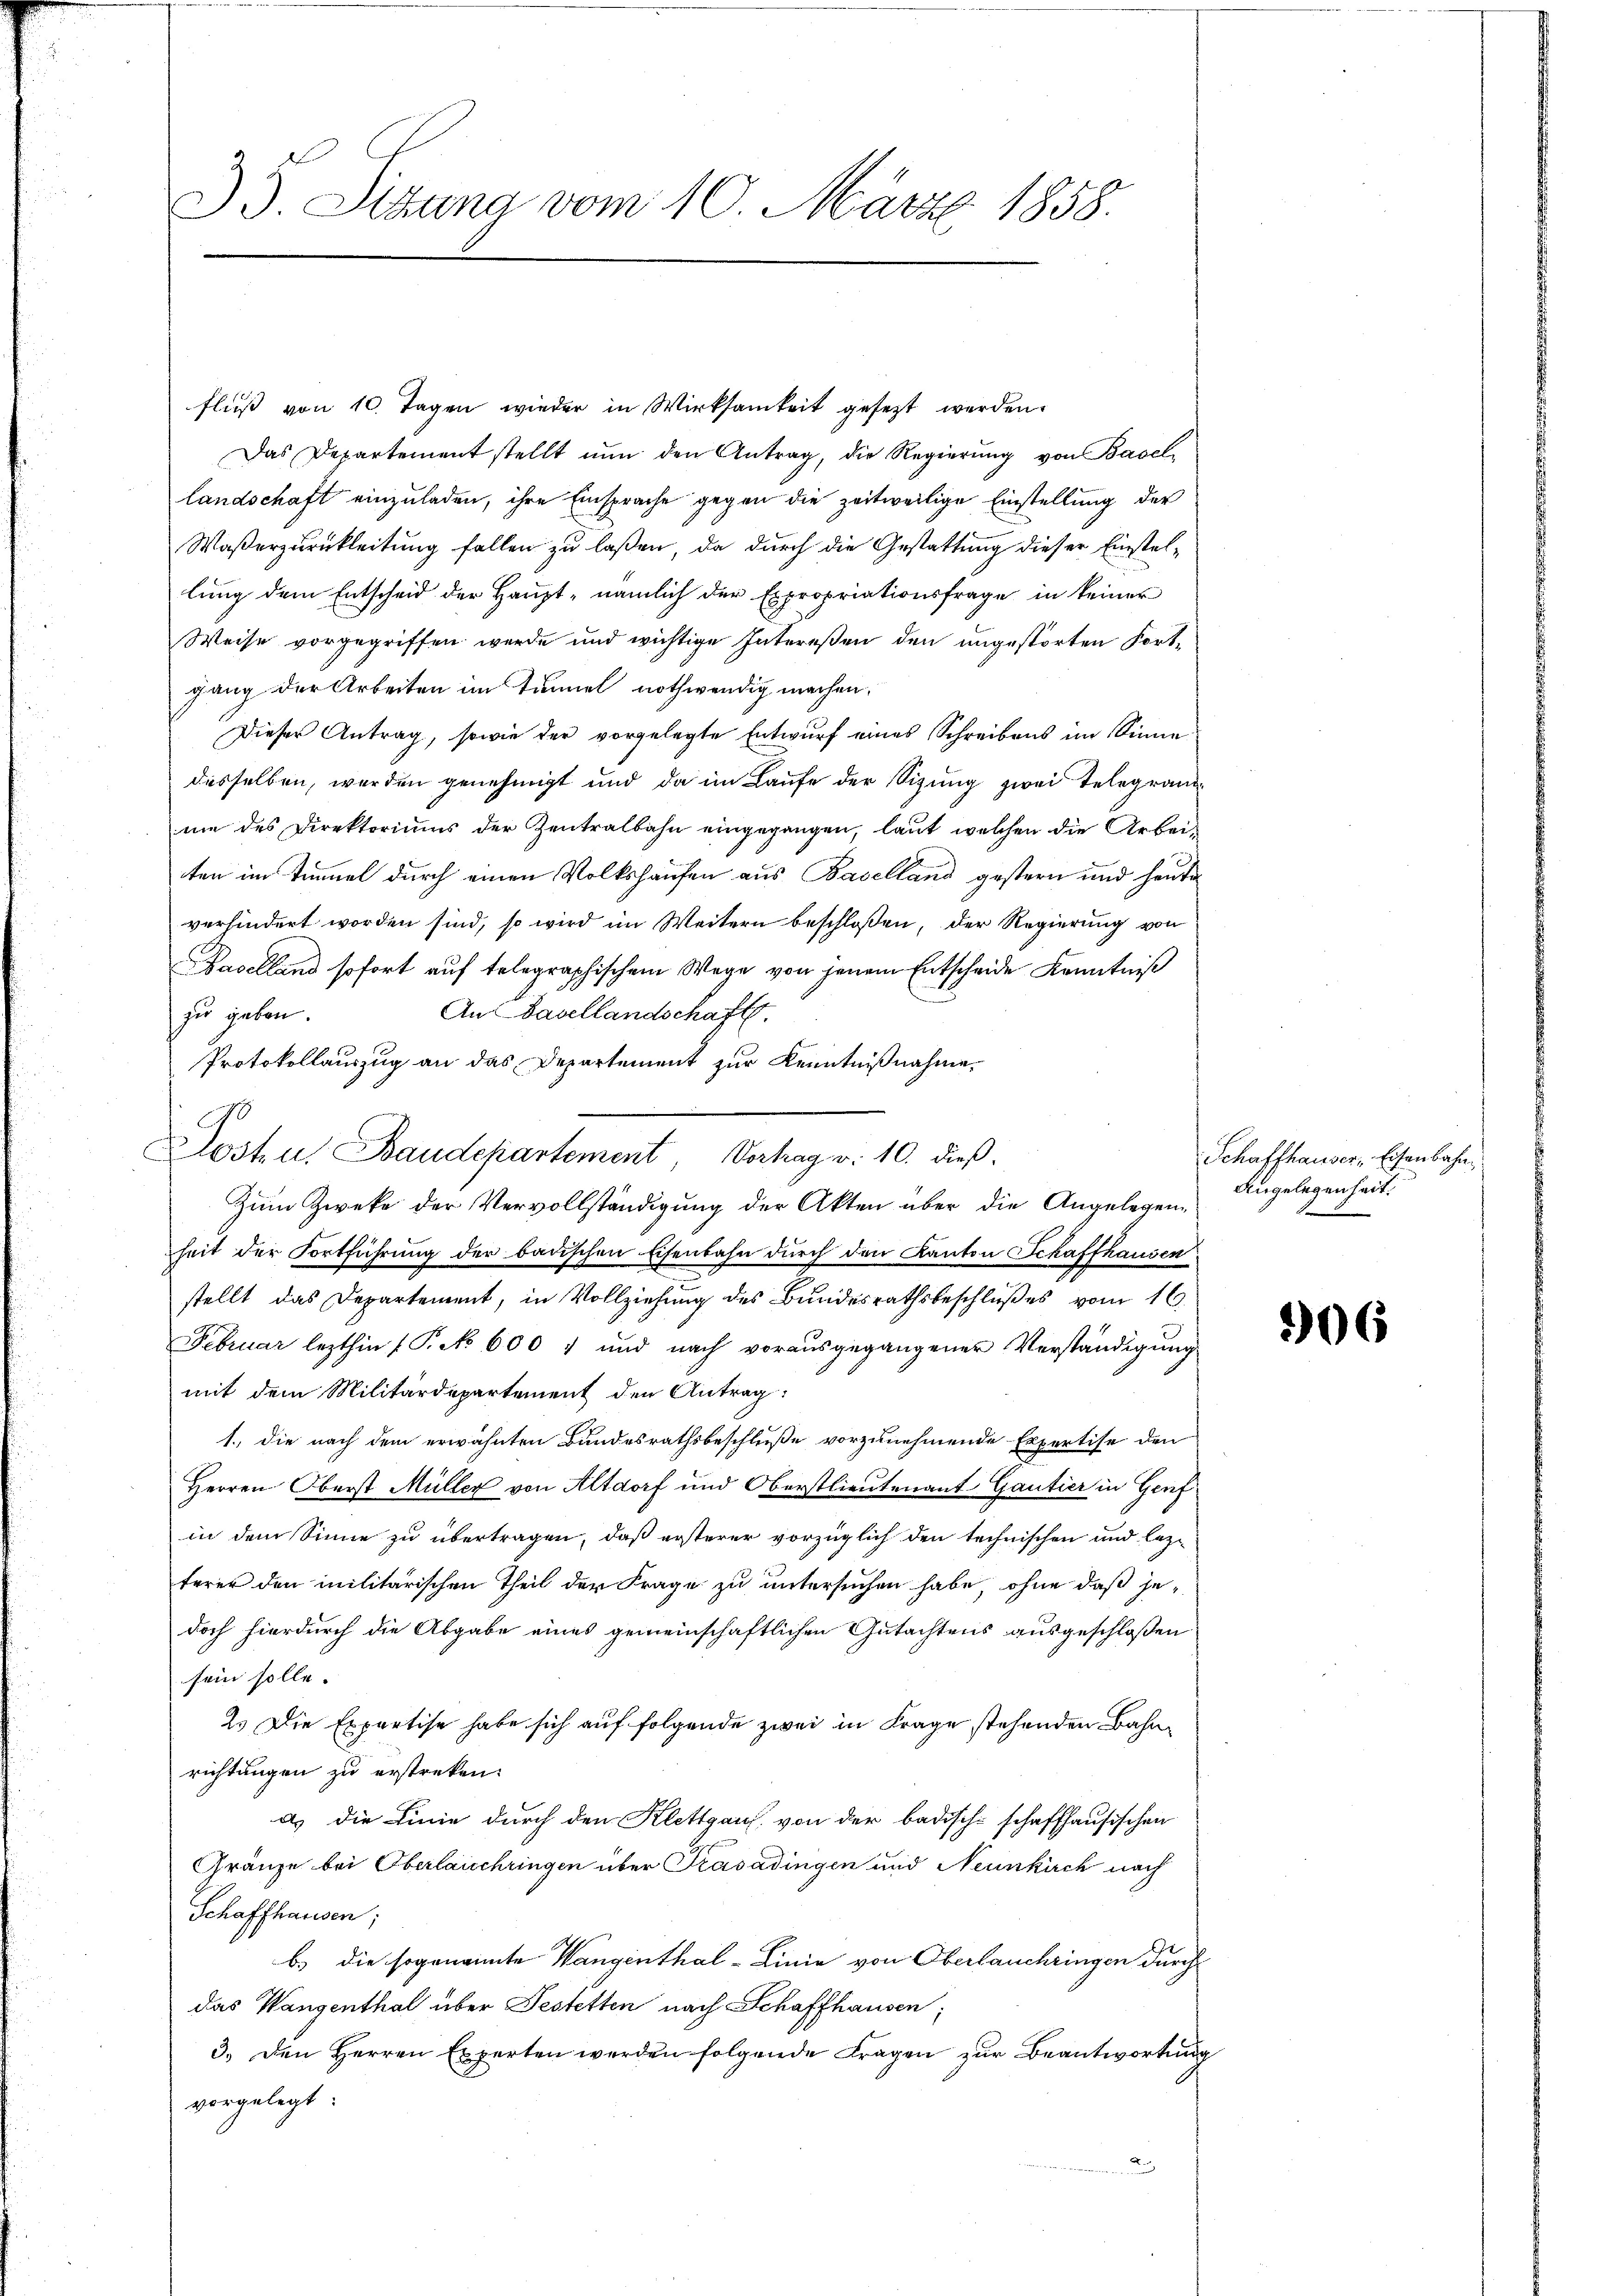
) S. Sitzung vom 10. März 1858.

o

flŭβ von 10. Tagen wieder in Wirksamkeit gesezt werden.
Das Departement stellt nŭn den Antrag, die Regierŭng von Basel
Landschaft einzuladen, ihre Einsprache gegen die zeitweilige Einstellung der
Waßerzurückleitung fallen zu laßen, da durch die Gestattung dieser Einstellung dem Entscheid der Haupt, nämlich der Expropriationsfrage in keiner
Weise vorgegriffen werde und wichtige Intereßen den ungestörten Fortgang der Arbeiten im Tunnel nothwendig machen.
Dieser Antrag, sowie der vorgelegte Entwurf eines Schreibens im Sinne
desselben, werden genehmigt und da im Laufe der Sizung zwei Telegraminie des Direktoriums der Zentralbahn eingegangen, laut welchen die Arbeiten im Zimmel durch einen Volkshausen aus Baselland gestern und heute
verhindert worden sind, so wird im Weitern beschlossen, der Regierung von
Baselland sofort auf telegraphischem Wege von jenem Entscheide Kenntniß
Au Basellandschaft.
zu geben.
Protokollauszug an das Departement zur Kenntnißnahme.
Zum Zwecke der Vervollständigung der Akten über die Angelegenheit der Fortführung der badischen Eisenbahn durch den Kanton Schaffhausen
stellt das Departement, in Vollziehung des Bundesrathsbeschlußes vom 16.
Februar lezthin (P. No 600) und nach vorausgegangener Verständigung
mit dem Militärdepartement den Antrag:
1., die nach dem erwähnten Bundesrathsbeschluße vorzunehmende Expertise den
Herren Oberst Müller von Altdorf und Oberstlieutenant Gantier in Genf
in dem Sinne zu übertragen, daß ersterer vorzüglich den technischen und lezterer den militärischen Theil der Frage zu untersuchen habe, ohne daß je-
doch hierdurch die Abgabe eines gemeinschaftlichen Gutachtens ausgeschloßen
sein solle.
2. Die Expertise habe sich auf folgende zwei in Frage stehenden Bahnrichtungen zu erstreken.
a. die Linie durch den Klettgauf von der badisch-schaffhausischen
Gränze bei Oberlauschringen über Trasadingen und Neunkirch nach
Schaffhausen;
b.) die sogenannte Wangenthal-Linie von Oberlauchringen durch
das Wangenthal über Jestetten nach Schaffhausen,
3. Den Herren Experten werden folgende Fragen zŭr Beantwortung
vorgelegt:

Listen. Baudepartement, Vortrag v. 10. dieß

Schaffhauser, Eisenbahn¬
Angelegenheit.

306